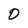
Character: 0